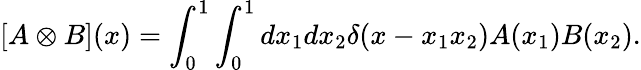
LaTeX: [A\otimes B](x)=\int_{0}^{1}\int_{0}^{1}dx_{1}dx_{2}\delta(x-x_{1}x_{2})A(x_{1})B(x_{2}).